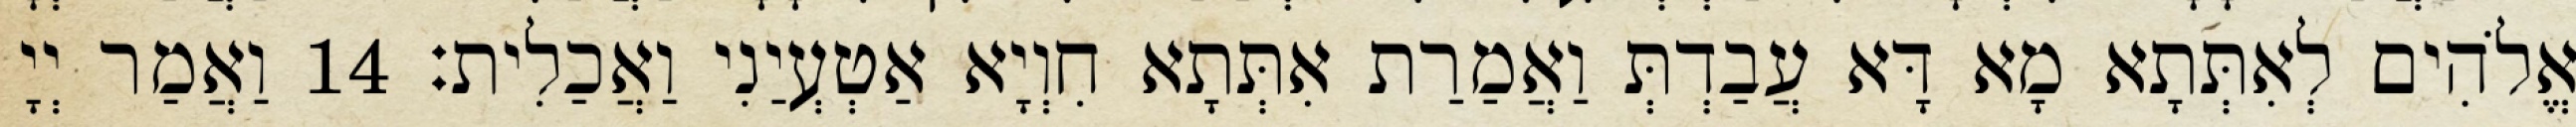
אֱלֹהִים לְאִתְּתָא מָא דָּא עֲבַדְתְּ וַאֲמַרַת אִתְּתָא חִוְיָא אַטְעְיַנִי וַאֲכַלִית׃ 14 וַאֲמַר יְיָ